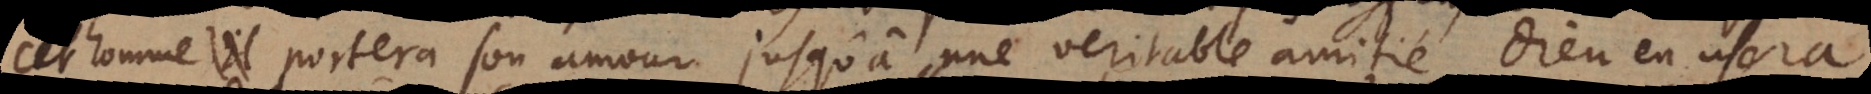
cet homme portera son amour, jusqu’à une veritable amitié Dieu en usera